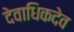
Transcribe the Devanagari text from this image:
देवाधिकदेव